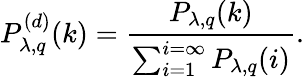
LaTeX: P_{\lambda,q}^{(d)}(k)=\frac{P_{\lambda,q}(k)}{\sum_{i=1}^{i=\infty}P_{\lambda,q}(i)}.